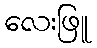
လေးဖြူ